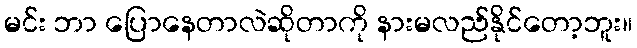
မင်း ဘာ ပြောနေတာလဲဆိုတာကို နားမလည်နိုင်တော့ဘူး။